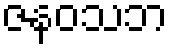
ဇနဝသဘ